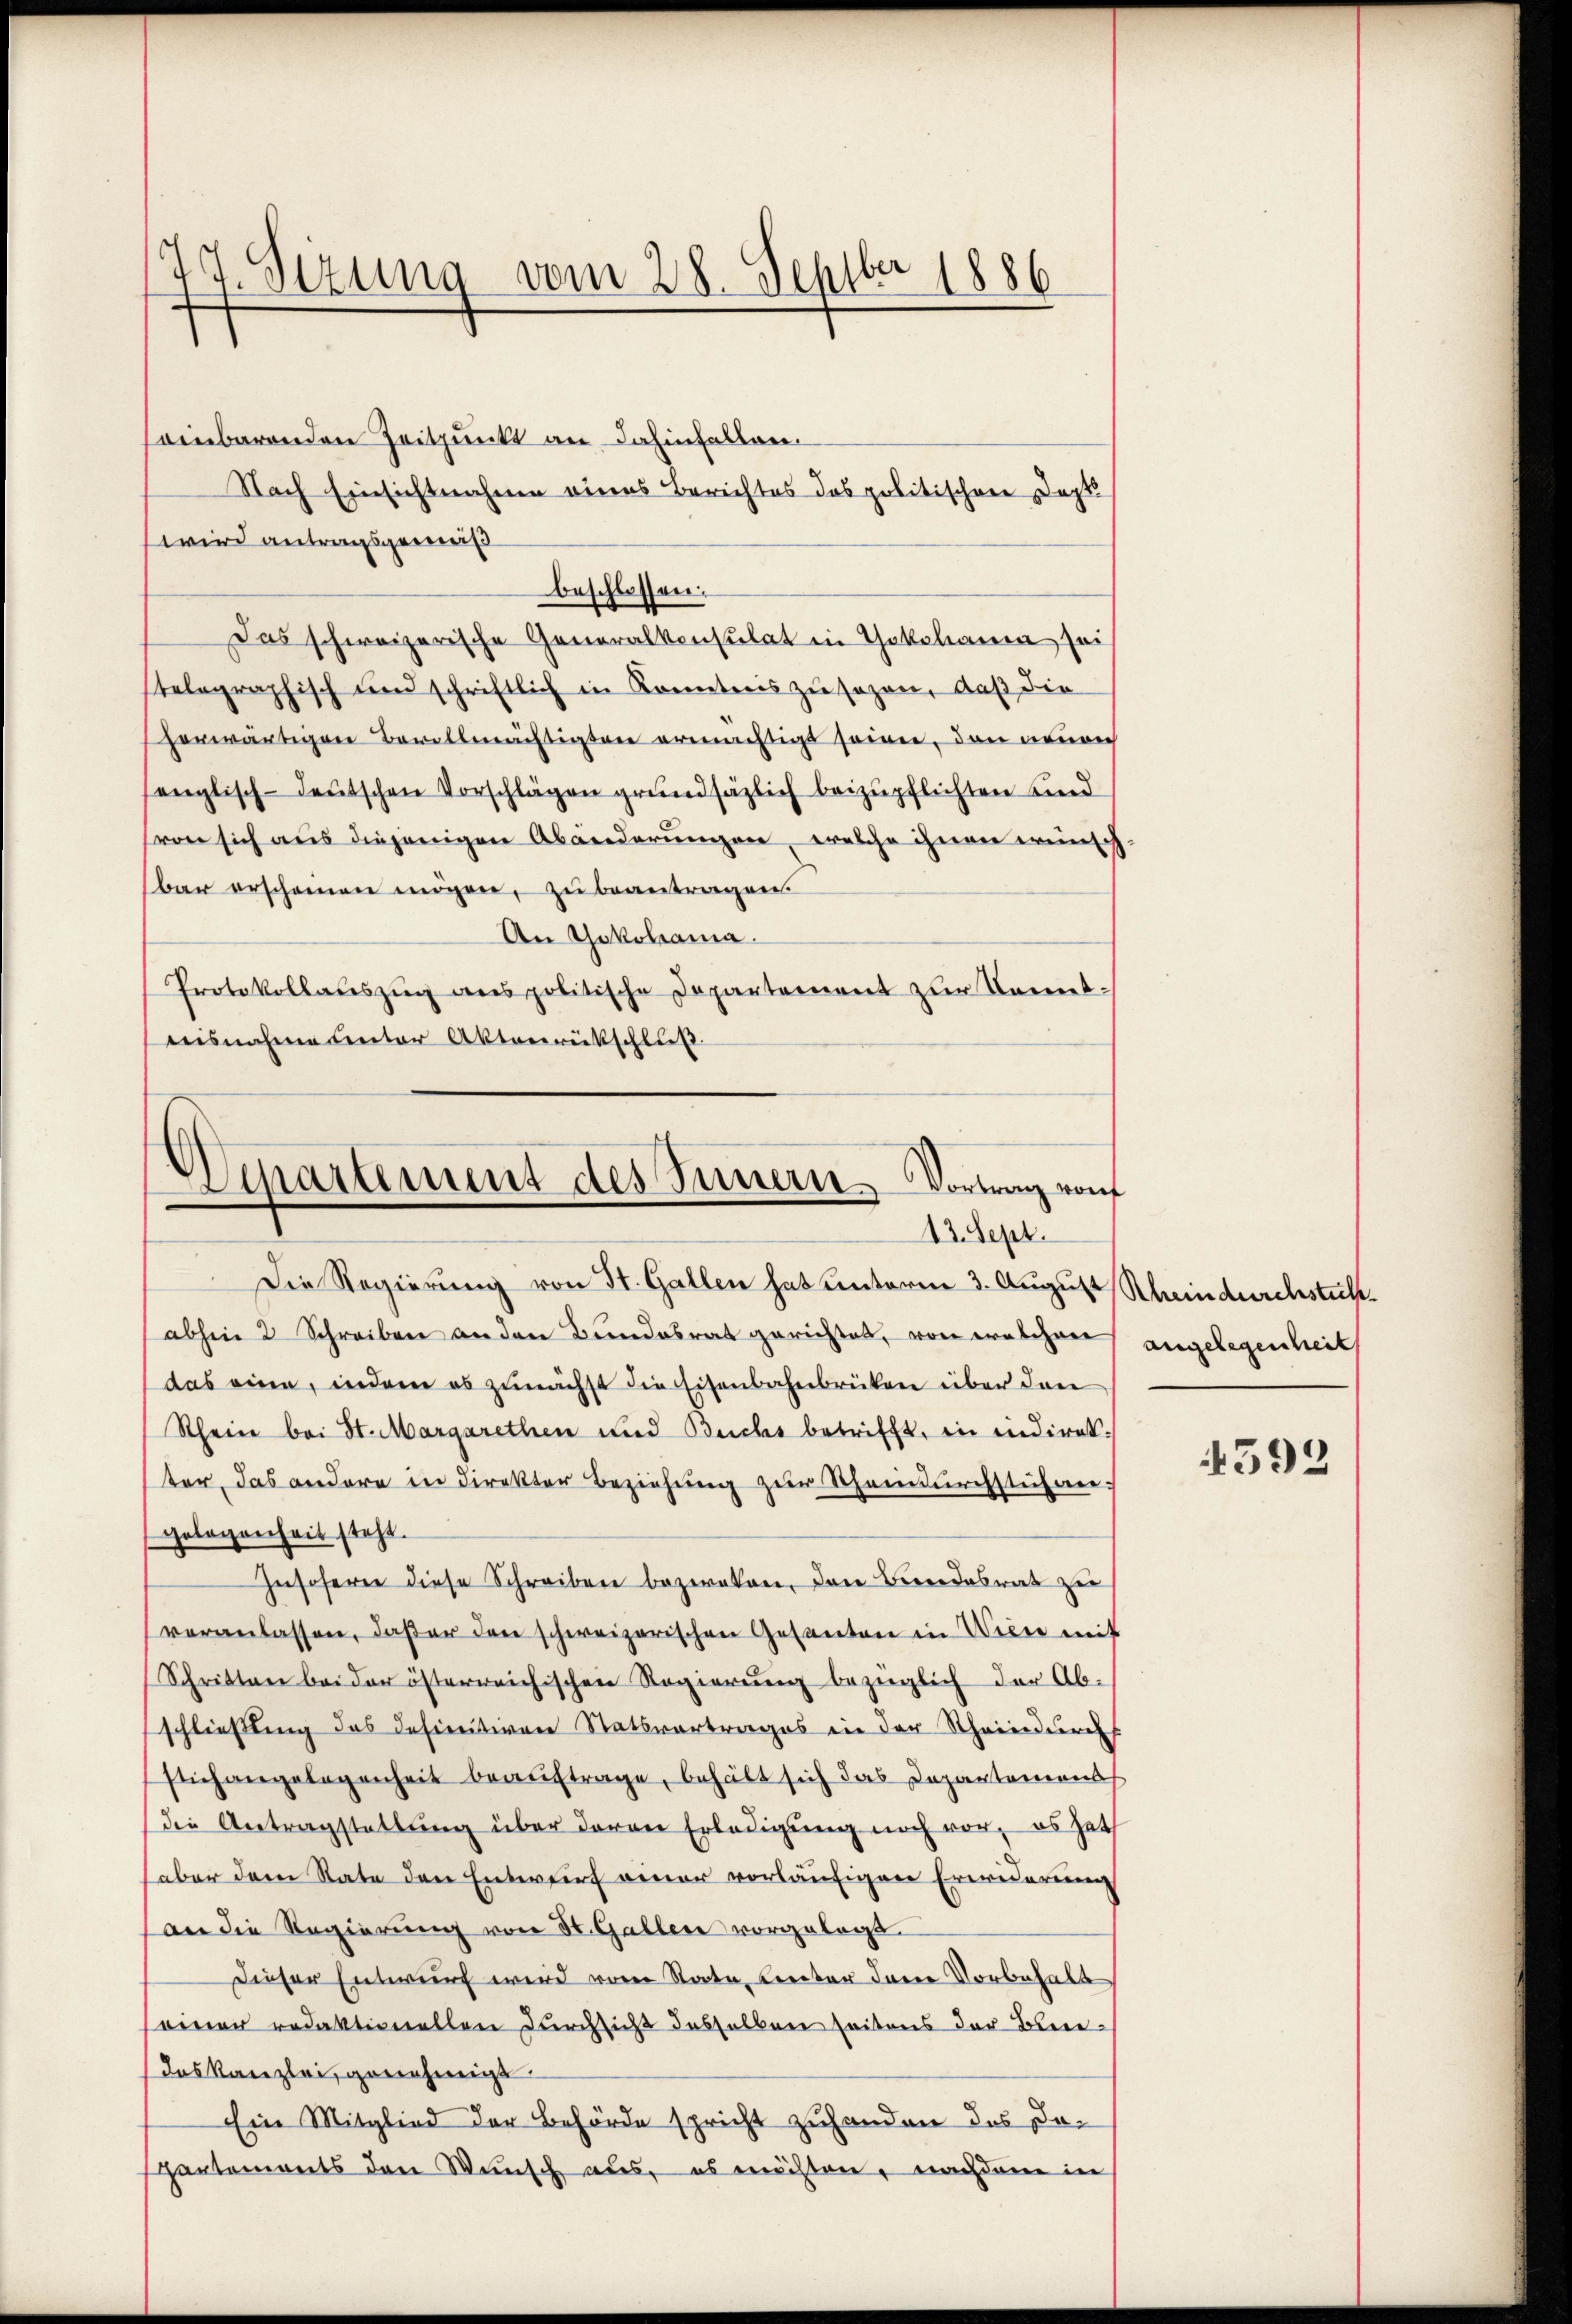
17. Sezung vom 28. Septber 1886

sennbarenden Zeitpunkt an dahinfallen.
Nach Einsichtnahme eines Berichtes das politischen Dopt
wird antragsgemeiß
beschlossen:
Das schweizerische Generalkonsulat in Yokohann sei
telegraphisch und schriftlich in Konntenis zu sagen, daß die
herwärtigen Bevollmächtigten ermächtigt seien, den neurer
englisch-deutschen Vorschlägen grundsäzlich beizupflichten sind
von sich aus diejenigen Abänderungen, welche ihnen wünsch
bar erscheinen mögen, zu beantragen.
An Yokohama.
Protokollauszug aus politische Departement zur Kenntisnahme Center Aktenrückschluß

Departement des Innern Vortrag von
13. Sept.

Die Regierung von St. Gallen hat unterm 3. August Rheindurchstet.
abhin 2 Schreiben an den Bundesrat gerichtet, von welchen
das eine, indem es zunächst die Eisenbahnbrücken über den
Rhein bei St. Margarethen und Buchs betrifft, in indiret.
ter, das andere in direkter Beziehung zur Scheindurchstuhan-
Gelegenheit steht.
Insoferne diese Schreiben bezweken, den Bundesrat zu
veranlassen, daβ er den schweizerischen Gesanten in Wien mit
Schritten bei der österreichischen Regierung bezüglich der Abschließling des Definitiven Statsvertrages in der Schwindurchs
sich angelegenheit beauftrage, behält sich das Departement
die Antragstattung über deren Erledigung noch vor, es hat
haber dem Rate den Entwurf einer vorläufigen Erwiderung
an die Regierung von St. Gallen vorgelegt.
Dieser Entwurf wird von State, unter dare Vorbehalt
seiner redaktionellen Durchsicht desselben seitens der Bene¬
(das Kanzlei, genehmigt.
Ein Mitglied der Behörde spricht zuhanden das Dopartements den Wunsch aus, es möchten, nachdem in

angelegenheit

4593